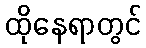
ထိုနေရာတွင်